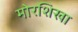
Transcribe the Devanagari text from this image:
मोरशिखा